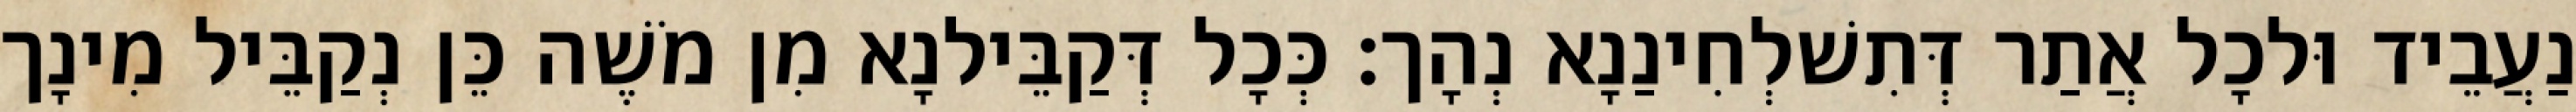
נַעֲבֵיד וּלכָל אֲתַר דְּתִשׁלְחִינַנָא נְהָך׃ כְּכָל דְּקַבֵּילנָא מִן מֹשֶׁה כֵּן נְקַבֵּיל מִינָך